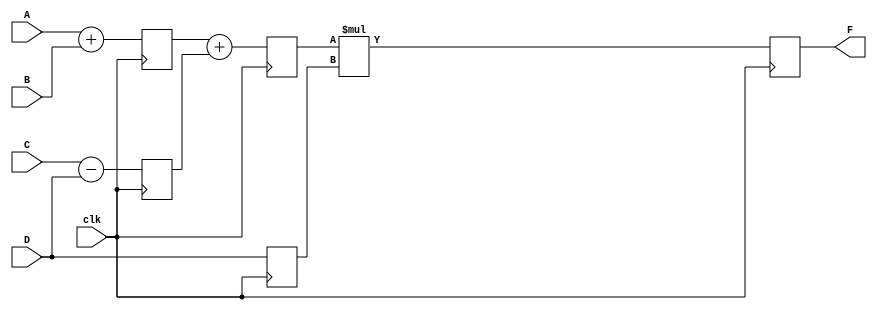
module PIPE(F,A,B,C,D,clk);
 parameter N=9;
 input [N-1:0]A,B,C,D;
 input clk;
 output [N-1:0]F;

 reg [N-1:0] Fo,R0,R1,R2,R3,R4,R5;

    assign F=Fo;

       always@(posedge clk)
	          
	   begin
               #4 R0 <=  A + B ;
               #4 R1 <=  C - D ;
                  R2 <=  D ;
           end	 

       always@(posedge clk)

           begin
               #6 R3 <=  R0 + R1;
                  R4 <=D;
           end

       always@(posedge clk)

           begin
             #6 Fo <=  R3 * R4;
           end

endmodule